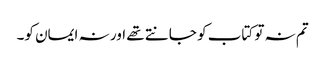
تم نہ تو کتاب کو جانتے تھے اور نہ ایمان کو۔